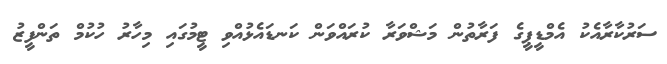
ސަރުކާރާއެކު އެމްޑީޕީގެ ފަރާތުން މަޝްވަރާ ކުރައްވަން ކަނޑައެޅުއްވި ޓީމުގައި މިހާރު ހުކުމް ތަންފީޒު